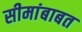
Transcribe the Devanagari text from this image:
सीमांबाबत